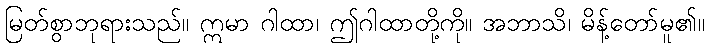
မြတ်စွာဘုရားသည်။ ဣမာ ဂါထာ၊ ဤဂါထာတို့ကို။ အဘာသိ၊ မိန့်တော်မူ၏။